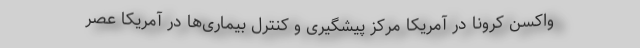
واکسن کرونا در آمریکا مرکز پیشگیری و کنترل بیماری‌ها در آمریکا عصر